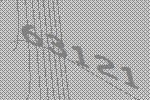
63121